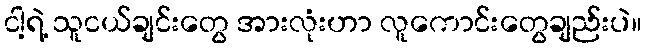
ငါ့ရဲ့ သူငယ်ချင်းတွေ အားလုံးဟာ လူကောင်းတွေချည်းပဲ။